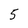
Character: 5